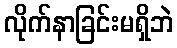
လိုက်နာခြင်းမရှိဘဲ